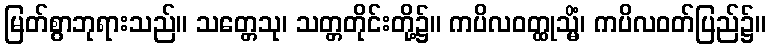
မြတ်စွာဘုရားသည်။ သတ္တေသု၊ သတ္တတိုင်းတို့၌။ ကပိလဝတ္ထုသ္မိံ၊ ကပိလဝတ်ပြည်၌။